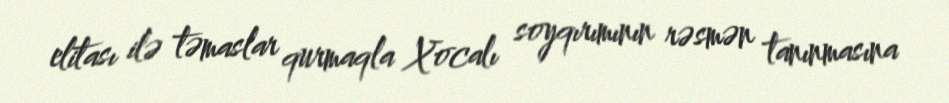
elitası ilə təmaslar qurmaqla Xocalı soyqırımının rəsmən tanınmasına